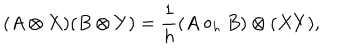
( A \otimes X ) ( B \otimes Y ) = \frac { 1 } { h } ( A \circ _ { h } B ) \otimes ( X Y ) ,